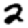
Digit: 2